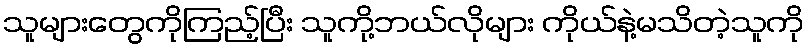
သူများတွေကိုကြည့်ပြီး သူကို့ဘယ်လိုများ ကိုယ်နဲ့မသိတဲ့သူကို